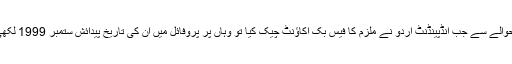
عمر کے حوالے سے جب انڈپینڈنٹ اردو نے ملزم کا فیس بک اکاؤنٹ چیک کیا تو وہاں پر پروفائل میں ان کی تاریخ پیدائش ستمبر 1999 لکھی گئی ہے۔